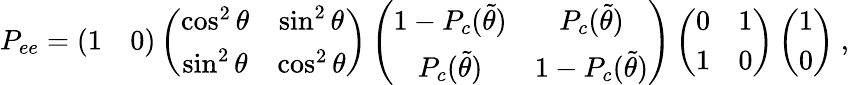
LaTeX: P_{ee}=\left(\begin{array}{cc}{{1}}&{{0}}\end{array}\right)\left(\begin{array}{cc}{{\cos^{2}\theta}}&{{\sin^{2}\theta}}\\ {{\sin^{2}\theta}}&{{\cos^{2}\theta}}\end{array}\right)\left(\begin{array}{cc}{{1-P_{c}(\tilde{\theta})}}&{{P_{c}(\tilde{\theta})}}\\ {{P_{c}(\tilde{\theta})}}&{{1-P_{c}(\tilde{\theta})}}\end{array}\right)\left(\begin{array}{cc}{{0}}&{{1}}\\ {{1}}&{{0}}\end{array}\right)\left(\begin{array}{c}{{1}}\\ {{0}}\end{array}\right)\ ,